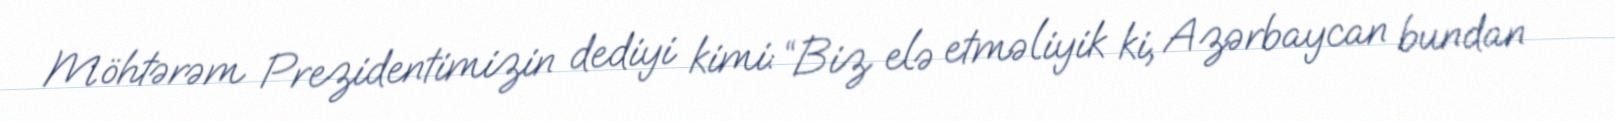
Möhtərəm Prezidentimizin dediyi kimi: “Biz elə etməliyik ki, Azərbaycan bundan